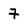
Character: 7